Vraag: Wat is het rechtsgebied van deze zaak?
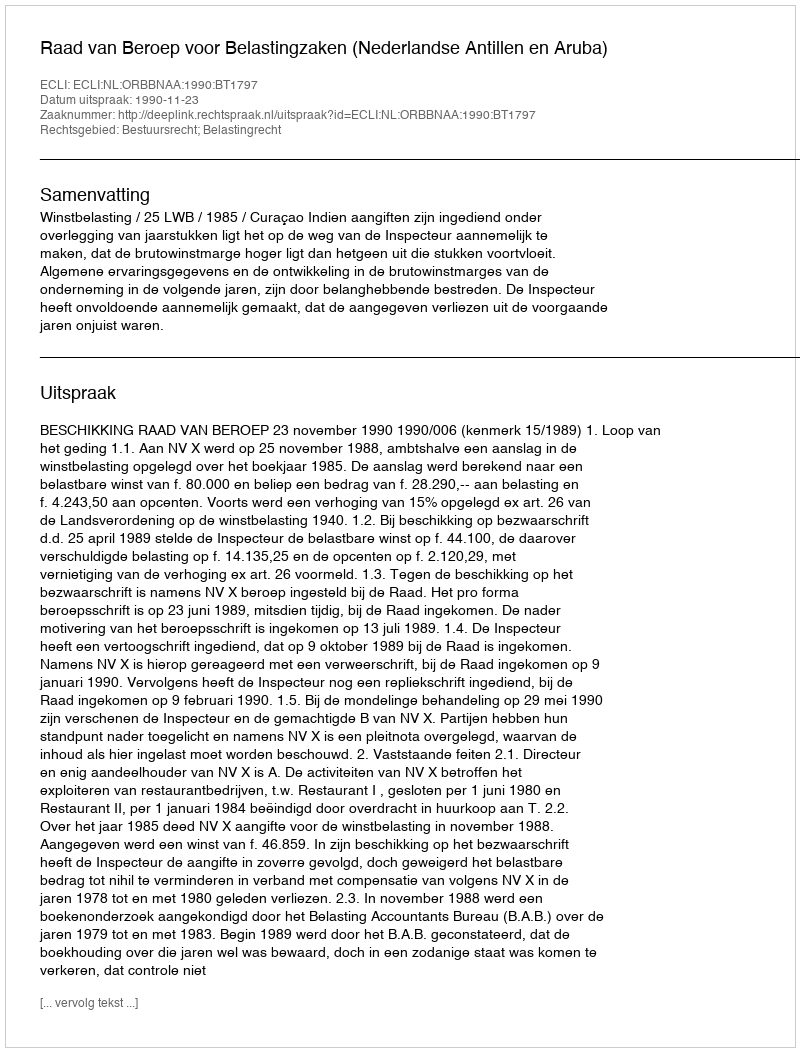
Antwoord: Bestuursrecht; Belastingrecht